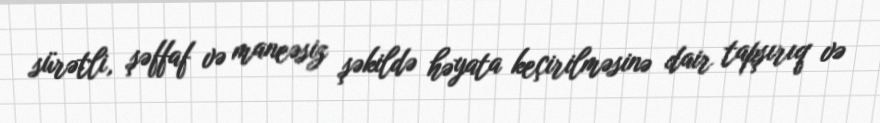
sürətli, şəffaf və maneəsiz şəkildə həyata keçirilməsinə dair tapşırıq və